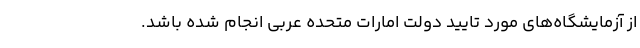
از آزمایشگاه‌های مورد تایید دولت امارات متحده عربی انجام شده باشد.